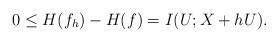
LaTeX: \begin{align*}0 \leq H(f_h)-H(f) = I(U;X+h U).\end{align*}